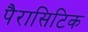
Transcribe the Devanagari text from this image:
पैरासिटिक